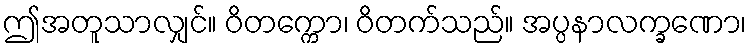
ဤအတူသာလျှင်။ ဝိတက္ကော၊ ဝိတက်သည်။ အပ္ပနာလက္ခဏော၊